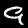
Label: 9